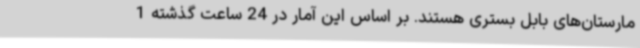
مارستان‌های بابل بستری هستند. بر اساس این آمار در 24 ساعت گذشته 1